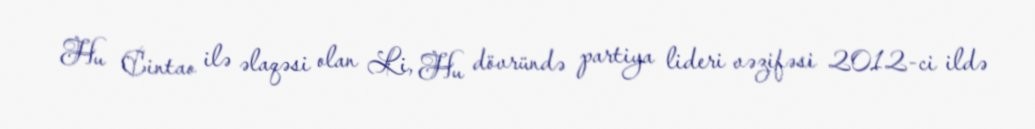
Hu Cintao ilə əlaqəsi olan Li, Hu dövründə partiya lideri vəzifəsi 2012-ci ildə